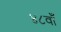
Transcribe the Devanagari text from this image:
४८वाँ